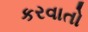
કરવાતો